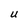
Character: U